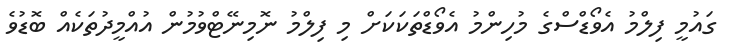
ގައުމީ ފިލްމު އެވޯޑްސްގެ މުހިންމު އެވޯޑްތަކަކަށް މި ފިލްމު ނޮމިނޭޓްވުމުން އުއްމީދުތަކެއް ބޮޑުވެ